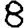
Digit: 8